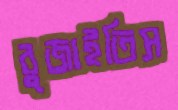
বুজাইতিস